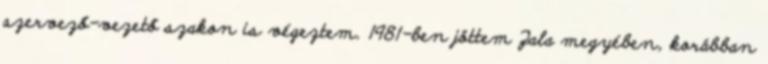
szervező-vezető szakon is végeztem. 1981-ben jöttem Zala megyében, korábban